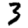
Digit: 3